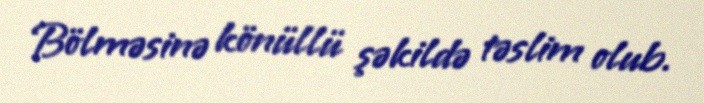
Bölməsinə könüllü şəkildə təslim olub.